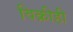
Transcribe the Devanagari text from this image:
विक्रीही